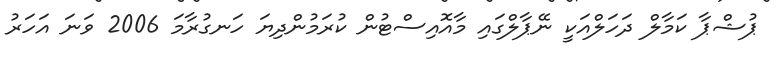
ޕުޝްޕާ ކަމާލް ދަހަލްއަކީ ނޭޕާލްގައި މާއޮއިސްޓުން ކުރަމުންދިޔަ ހަނގުރާމަ 2006 ވަނަ އަހަރު